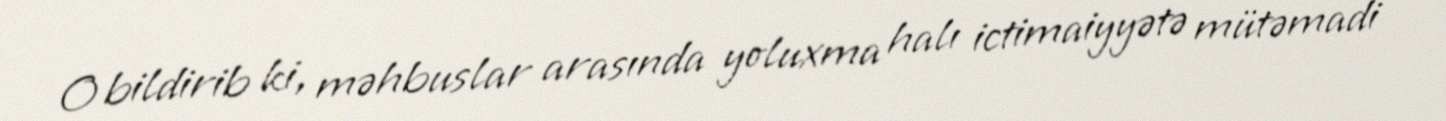
O bildirib ki, məhbuslar arasında yoluxma halı ictimaiyyətə mütəmadi